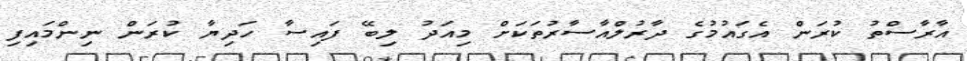
އާރާސްތު ކުރަން އެގައުމުގެ ދާރުލްއާސާރުތަކަށް މިއަދު ލިބޭ ފައިސާ ހަދިޔާ ކުރަން ނިންމައިފި